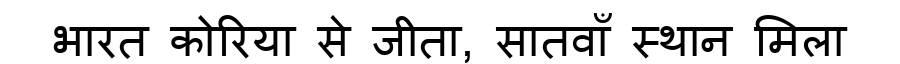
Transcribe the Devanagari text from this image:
भारत कोरिया से जीता, सातवाँ स्थान मिला